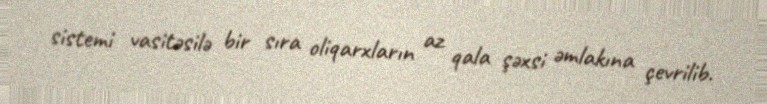
sistemi vasitəsilə bir sıra oliqarxların az qala şəxsi əmlakına çevrilib.